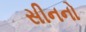
સીનનો